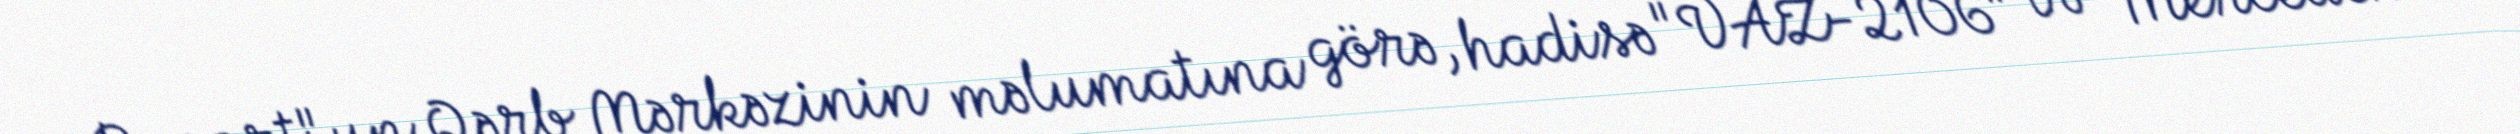
Report"un Qərb Mərkəzinin məlumatına görə, hadisə "VAZ-2106" və "Mercedes"